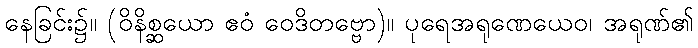
နေခြင်း၌။ (ဝိနိစ္ဆယော ဧဝံ ဝေဒိတဗ္ဗော)။ ပုရေအရုဏေယေဝ၊ အရုဏ်၏